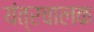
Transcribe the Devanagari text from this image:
यंत्रचालक